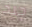
جيد